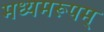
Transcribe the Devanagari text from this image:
मध्यमरूपम्